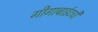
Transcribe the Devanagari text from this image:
गीगाबाईटची